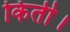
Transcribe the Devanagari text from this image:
किती।